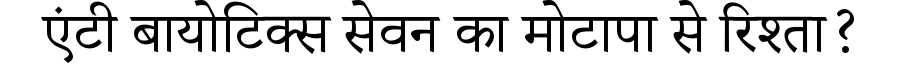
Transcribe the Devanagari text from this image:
एंटी बायोटिक्स सेवन का मोटापा से रिश्ता?